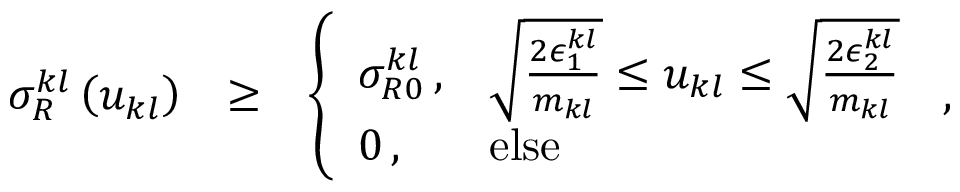
\begin{array} { r l r } { \sigma _ { R } ^ { k l } \left( u _ { k l } \right) } & { \ge } & { \left\{ \begin{array} { l l } { \sigma _ { R 0 } ^ { k l } \, , } & { \sqrt { \frac { 2 \epsilon _ { 1 } ^ { k l } } { m _ { k l } } } \le u _ { k l } \le \sqrt { \frac { 2 \epsilon _ { 2 } ^ { k l } } { m _ { k l } } } } \\ { 0 \, , } & { \mathrm { e l s e } } \end{array} \right. \, , } \end{array}